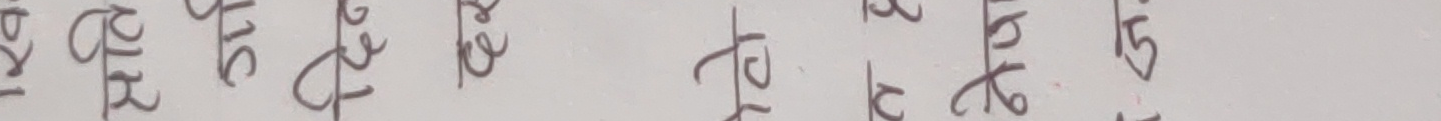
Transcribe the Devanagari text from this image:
पि १६ शि
न ख से
३ टा म
ले भेटा
१५ को ग